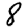
Digit: 8